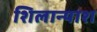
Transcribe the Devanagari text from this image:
शिलान्याश